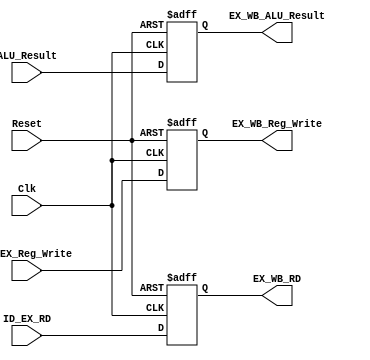
`timescale 1ns / 1ps
//////////////////////////////////////////////////////////////////////////////////
// Company: 
// Engineer: 
// 
// Design Name: 
// Module Name:    EX_WB_Reg 
// Project Name: 
// Target Devices: 
// Tool versions: 
// Description: 
//
// Dependencies: 
//
// Revision: 
// Revision 0.01 - File Created
// Additional Comments: 
//
//////////////////////////////////////////////////////////////////////////////////
module EX_WB_Reg(
		input Clk,
		input Reset,
		
		input ID_EX_Reg_Write,
		input[2:0] ID_EX_RD,
		input[7:0] ALU_Result,

		output reg EX_WB_Reg_Write,
		output reg[2:0] EX_WB_RD,
		output reg[7:0] EX_WB_ALU_Result
		
    );
	 
		always@(posedge Clk,negedge Reset)
		begin
			if(Reset == 0)
			begin

			EX_WB_Reg_Write <= 0;
			EX_WB_RD <= 0;
			EX_WB_ALU_Result <= 0;

			end
			
			else
			begin

			EX_WB_Reg_Write <= ID_EX_Reg_Write;
			EX_WB_RD <= ID_EX_RD;
			EX_WB_ALU_Result <= ALU_Result;

			end

end


endmodule